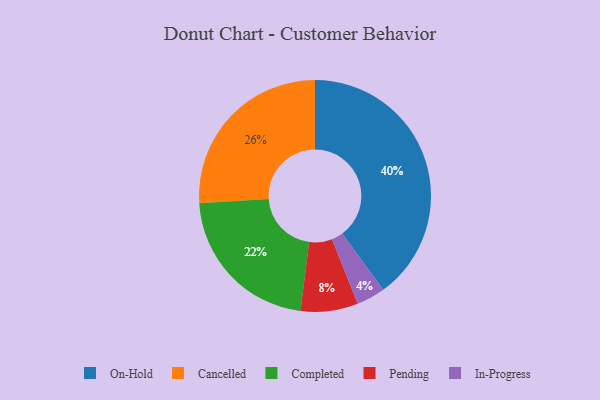
{"axis": {"x": "Category", "y": "Percentage"}, "legend": ["Cancelled", "Completed", "In-Progress", "On-Hold", "Pending"], "data": [{"x": "In-Progress", "y": 4, "type": "In-Progress"}, {"x": "Pending", "y": 8, "type": "Pending"}, {"x": "Completed", "y": 22, "type": "Completed"}, {"x": "On-Hold", "y": 40, "type": "On-Hold"}, {"x": "Cancelled", "y": 26, "type": "Cancelled"}]}